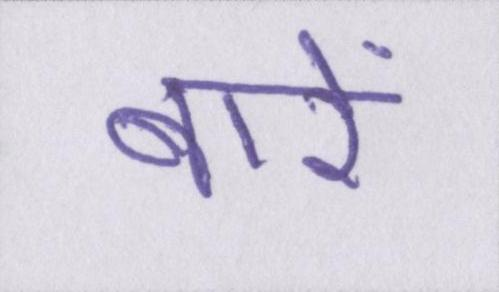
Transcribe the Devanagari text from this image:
बारें